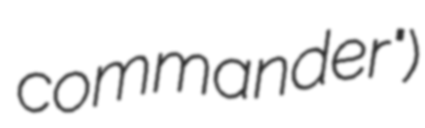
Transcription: commander")